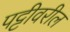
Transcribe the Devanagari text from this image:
पट्टीवरील